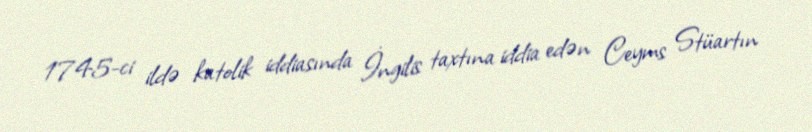
1745-ci ildə katolik iddiasında İngilis taxtına iddia edən Ceyms Stüartın